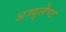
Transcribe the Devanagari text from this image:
अज्युलेण्ट